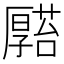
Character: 𠫆